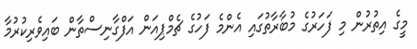
މީގެ އިތުރުން މި ފަހަރުގެ މުބާރާތުގައި އެންމެ ފަހުގެ ޗެމްޕިއަން އަފްގާނިސްތާން ބައިވެރިކުރުމާ